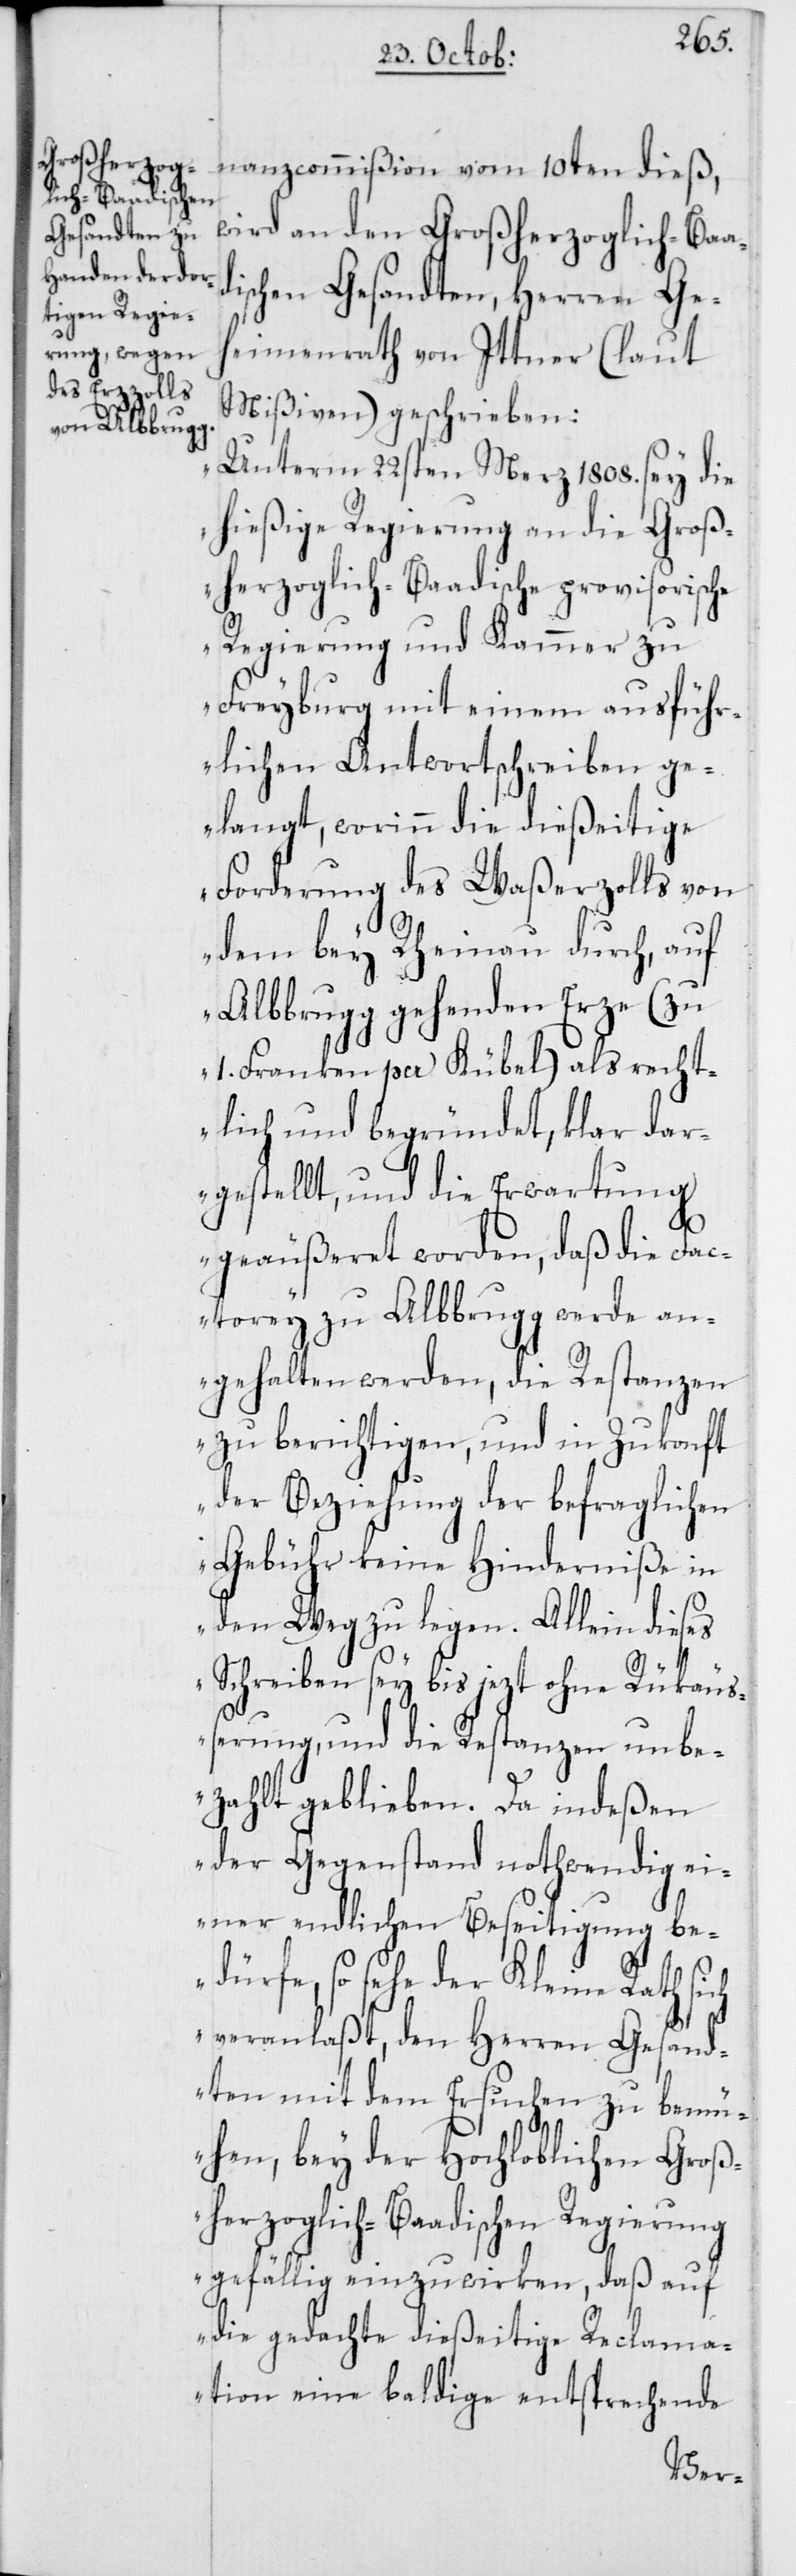
d¬

nanzcommißion vom 10ten dieß,
wird an den Großherzoglich-Baa¬
ischen Gesandten, Herren Geh¬
eimenrath von Ittner (laut
Mißiven) geschrieben:
„Unterm 22sten März 1808. sey die
hießige Regierung an die Groß¬
herzoglich-Baadische provisorische
Regierung und Kammer zu
Freyburg mit einem ausführ¬
lichen Antwortschreiben ge¬
langt, worinn die dießeitige
Forderung des Waßerzolls von
dem bey Rheinau durch, auf
Albbrugg gehenden Erze (zu
1. Franken per Kübel) als recht¬
lich und begründet, klar dar¬
gestellt, und die Erwartung
geäußeret worden, daß die Fac¬
torey zu Albbrugg werde an¬
gehalten werden, die Restanzen
zu berichtigen, und in Zukonft
der Beziehung der befraglichen
Gebühr keine Hinderniße in
den Weg zu legen. Allein dieses
Schreiben sey bis jezt ohne Rükäuß¬
erung, und die Restanzen unbe¬
zahlt geblieben. Da indeßen
der Gegenstand nothwendig ei¬
ner endlichen Beseitigung be¬
dürfe, so sehe der Kleine Rath
veranlaßt, den Herren Gesand¬
ten mit dem Ersuchen zu bemü¬
hen, bey der Hochloblichen Groß¬
herzoglich-Baadischen Regierung
gefällig einzuwirken, daß auf
die gedachte dießeitige Reclama¬
tion eine baldige entsprechende